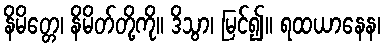
နိမိတ္တေ၊ နိမိတ်တို့ကို။ ဒိသွာ၊ မြင်၍။ ရထယာနေန၊